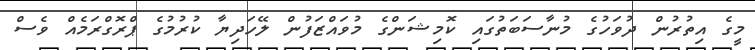
މީގެ އިތުރުން ދުވަހުގެ މުނާސަބަތުގައި ކޮމިޝަންގެ މުވައްޒަފުން ލޭހަދިޔާ ކުރުމުގެ ޕްރޮގްރަމެއް ވެސް